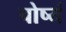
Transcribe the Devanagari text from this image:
चोष्यं